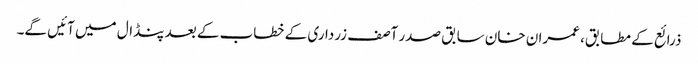
ذرائع کے مطابق، عمران خان سابق صدر آصف زرداری کے خطاب کے بعد پنڈال میں آئیں گے۔